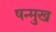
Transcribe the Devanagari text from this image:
षन्मुख